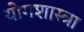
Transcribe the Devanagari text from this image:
योगशास्त्रा